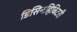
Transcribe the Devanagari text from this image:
डिसिनहिबिटरी